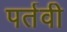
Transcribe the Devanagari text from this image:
पर्तवी